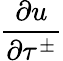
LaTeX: \frac{\partial u}{\partial\tau^{\pm}}